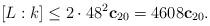
LaTeX: \begin{align*} [L:k]\leq 2\cdot 48^2\mathbf{c}_{20} = 4608\mathbf{c}_{20}.\end{align*}